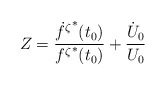
\begin{align*}Z=\frac{\hbox{${\dot{f}}^{\zeta}$}^*(t_0)}{{f^{\zeta}}^*(t_0)}+\frac{\dot{U}_0}{U_0}\end{align*}